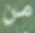
من